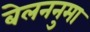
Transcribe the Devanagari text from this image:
बेलननुमा